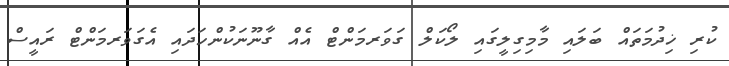
ކުރި ޚިދުމަތައް ބަލައި މާމިގިލީގައި ލޯކަލް ގަވަރމަންޓް އެއް ގާނޫނަކުންހަދައި އެގަވަރމަންޓް ރައީސް